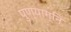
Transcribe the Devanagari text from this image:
पुण्याग्नि